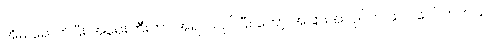
အိမ် ရောက်ပြီး အရေးကြီးတာ အရင် လုပ်ပြီး တော့ အခြားအလုပ်က ထပ် ပေါ်လာတယ်။